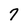
Character: 7